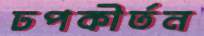
ঢপকীর্তন